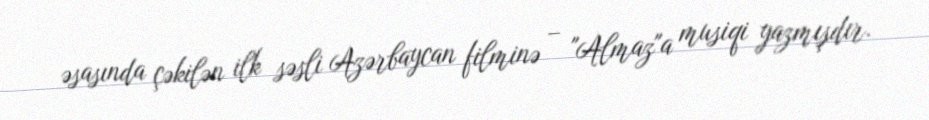
əsasında çəkilən ilk səsli Azərbaycan filminə – "Almaz"a musiqi yazmışdır.